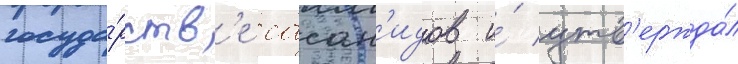
госуда́рств'е сасан'идов и́ утв'ержда́л